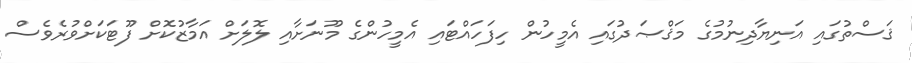
ޤަސްތުގައި އަނިޔާދިނުމުގެ މަޤްޞަދުގައި އެމީހުން ހިފަހައްޓައި އެމީހުންގެ މޫނަށާއި ލޮލަށް އަމާޒުކޮށް ފޫޓަކަށްވުރެވެސް